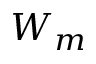
W _ { m }